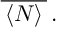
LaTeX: \: \overline { { { \, \langle N \rangle \, } } } \, . \: